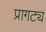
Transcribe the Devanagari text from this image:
प्रागट्य